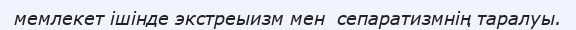
мемлекет ішінде экстреыизм мен  сепаратизмнің таралуы.